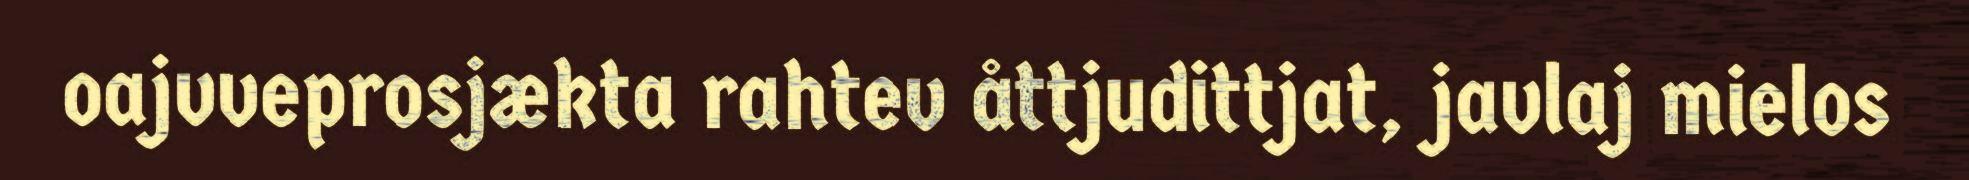
oajvveprosjækta rahtev åttjudittjat, javlaj mielos